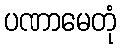
ပဏာမေတုံ